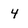
Character: 4